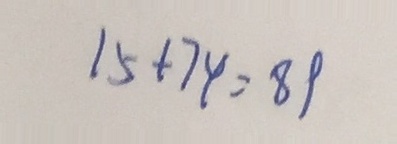
1 5 + 7 4 = 8 9